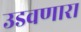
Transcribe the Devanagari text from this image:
उडवणारा